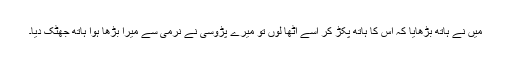
میں نے ہاتھ بڑھایا کہ اس کا ہاتھ پکڑ کر اسے اٹھا لوں تو میرے پڑوسی نے نرمی سے میرا بڑھا ہوا ہاتھ جھٹک دیا۔